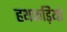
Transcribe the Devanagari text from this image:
हथकड़ियां